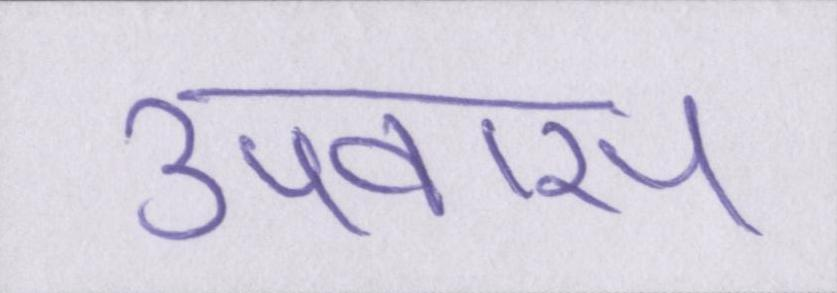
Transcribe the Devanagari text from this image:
उपवास